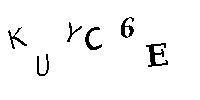
KUYC6E